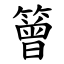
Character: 䉕